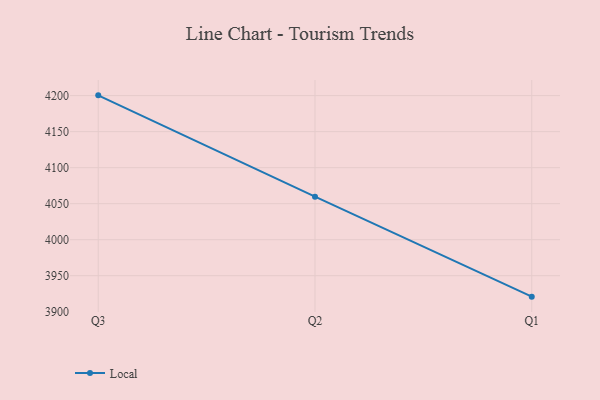
{"axis": {"x": "Quarter", "y": "Population (Million)"}, "legend": ["Local"], "data": [{"x": "Q3", "y": 4200.4, "type": "Local"}, {"x": "Q2", "y": 4059.7, "type": "Local"}, {"x": "Q1", "y": 3920.9, "type": "Local"}]}